Report on horse surra - Volume II, Part II
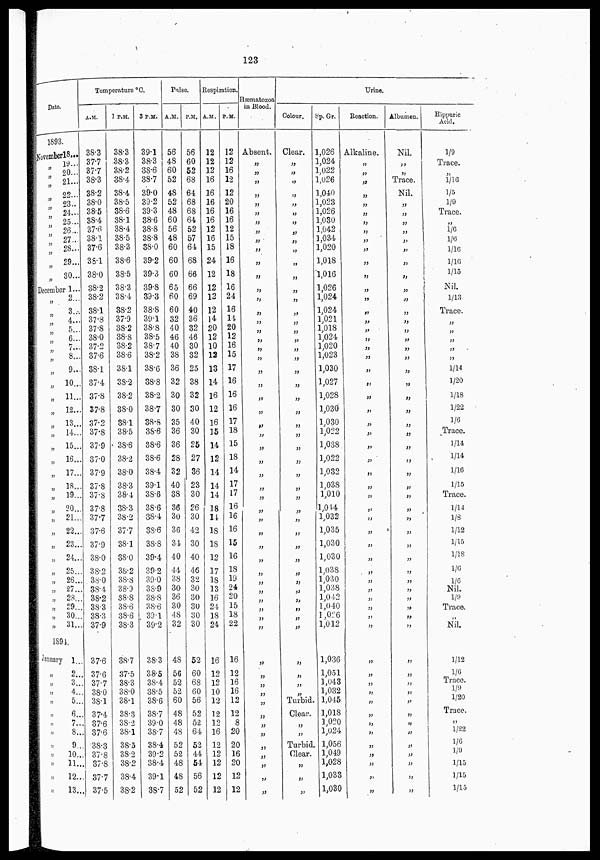
123
Date.
1893.
November18.
„ 19...
„
20...
„ 21...
„22...
„ 23..
„
24...
„
25...
„ 26
„27...
„ 28...
„29...
„ 30...
December 1...
„ 2...
„
3...
„4...
„
5...
„6...
„
7...
„
8...
„
9...
„ 10...
„ 11...
„ 12.
„ 13...
„ 14...
„ 15...
„ 16..
„ 17...
„ 18...
„
19...
„ 20...
„ 21...
„ 22...
„ 23...
„ 24...
„ 25...
„ 26...
„ 27...
., 28...
„ 29...
„ 30...
„ 31..
1894.
January 1...
„2..
„3..
„4..
„
5..
„6..
„7..
„8..
„9..
„
10..
„
11..
„
12..
„
13..
Temperature °C.
A.M.
38.3
37.7
37.7
38.3
38.2
38.0
38.5
38.4
37.6
38.1
37.6
38.1
38.0
38.2
38.2
38.1
37.8
37.8
38.0
37.2
37.6
38.1
37.4
37.8
37.8
37.2
37.8
37.9
37.0
37.9
37.8
37.8
37.8
37.7
37.6
37.9
38.0
38.2
38.0
38.4
38.2
38.3
38.3
37.9
37.6
37.6
37.7
38.0
38.1
37.4
37.6
37.6
38.3
37.8
37.8
37.7
37.5
1 P.M.
38.3
38.3
38.2
38.4
38.4
38.5
38.6
38.1
38.4
38.5
38.3
38.6
38.5
38.3
38.4
38.2
37.9
38.2
38.8
38.2
38.6
38.1
38.2
38.2
38.0
38.1
38.5
38.6
38.2
38.0
38.3
38.4
38.3
38.2
37.7
38.1
38.0
38.2
38.8
38.9
38.8
38.6
38.6
38.3
38.7
37.5
38.3
38.0
38.1
38.3
38.2
38.1
38.5
38.2
38.2
38.4
38.2
3 P.M.
39.1
38.3
38.6
38.7
39.0
39.2
39.3
38.6
38.8
38.8
38.0
39.2
39.3
39.8
39.3
38.8
39.1
38.8
38.5
38.7
38.2
38.6
38.8
38.2
38.7
38.8
38.6
38.6
38.6
38.4
39.1
38.6
38.6
38.4
38.6
38.8
39.4
39.2
39.0
38.9
38.8
38.6
39.1
39.2
38.3
38.5
38.4
38.5
38.6
38.7
39.0
38.7
38.4
39.2
38.4
39.1
38.7
Pulse.
A.M.
56
48
60
52
48
52
48
60
56
48
60
60
60
65
60
60
32
40
46
40
38
36
32
30
30
35
36
36
28
32
40
38
36
30
36
34
40
44
38
30
36
30
48
32
48
56
52
52
60
48
48
48
52
52
48
48
52
P.M.
56
60
52
68
64
68
68
64
52
57
64
68
66
66
69
40
36
32
46
30
32
25
38
32
30
40
30
25
27
36
23
30
26
30
42
30
40
46
32
30
30
30
30
30
52
60
68
60
56
52
52
64
52
44
54
56
52
Respiration.
A.M.
12
12
12
16
16
16
16
16
12
16
15
24
12
12
12
12
14
20
12
10
12
13
14
16
12
16
15
14
12
14
14
14
18
14
18
18
12
17
18
13
16
24
18
24
16
12
12
10
12
12
12
16
12
12
12
12
12
P.M.
12
12
16
12
12
20
16
16
12
15
18
16
18
16
24
16
14
20
12
16
15
17
16
16
16
17
18
15
18
14
17
17
16
16
16
15
16
18
19
24
20
15
18
22
16
12
16
16
12
12
8
20
20
16
20
12
12
Hæmatozoa
in Blood.
Absent.
„
„
„
„
„
„
„
„
„
„
„
„
„
„
„
„
„
„
„
„
„
„
„
„
„
„
„
„
„
„
„
„
„
„
„
„
„
„
„
„
„
„
„
„
„
„
„
„
„
„
„
„
„
„
„
„
Colour.
Clear.
„
„
„
„
„
„
„
„
„
„
„
„
„
„
„
„
„
„
„
„
„
„
„
„
„
„
„
„
„
„
„
„
„
„
„
„
„
„
„
„
„
„
„
„
„
„
„
Turbid.
Clear.
„
„
Turbid.
Clear.
„
„
„
Sp.Gr.
1,026
1,024
1,022
1,026
1,040
1,023
1,026
1,030
1,042
1,034
1,020
1,018
1,016
1,026
1,024
1,024
1,021
1,018
1,024
1,020
1,023
1,030
1,027
1,028
1,030
1,030
1,022
1,038
1,022
1,032
1,038
1,010
1,044
1,032
1,035
1,030
1,030
1,038
1,030
1,038
1,042
1,040
1,026
1,012
1,036
1,051
1,043
1,032
1,045
1,018
1,020
1,024
1,056
1,049
1,028
1,033
1,030
Urine.
Reaction.
Alkaline.
„
„
„
„
„
„
„
„
„
„
„
„
„
„
„
„
„
„
„
„
„
„
„
„
„
„
„
„
„
„
„
„
„
„
„
„
„
„
„
„
„
„
„
„
„
„
„
„
„
„
„
„
„
„
„
„
Albumen.
Nil.
„
„
Trace.
Nil.
„
„
„
„
„
„
„
„
„
„
„
„
„
„
„
„
„
„
„
„
„
„
„
„
„
„
„
„
„
„
„
„
„
„
„
„
„
„
„
„
„
„
„
„
„
„
„
„
„
„
„
„
Hippuric
Acid.
1/9
Trace.
„
1/16
1/5
1/9
Trace.
„
1/6
1/6
1/16
1/16
1/15
Nil.
1/13
Trace.
„
„
„
„
„
1/14
1/20
1/18
1/22
1/6
Trace.
1/14
1/14
1/16
1/15
Trace.
1/14
1/8
1/12
1/15
1/18
1/6
1/6
Nil.
1/9
Trace.
„
Nil.
1/12
1/6
Trace.
1/9
1/20
Trace.
„
1/22
1/6
1/9
1/15
1/15
1/15